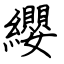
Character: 纓